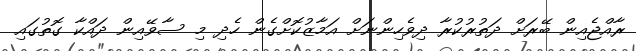
ރާއްޖެއިން ބޭރަށް ދަތުރުކުރާ ދިވެހިންނަށް އަމާޒުކޮށްގެން ހެދި މި ސާވޭއިން ދައްކާ ގޮތުގައި